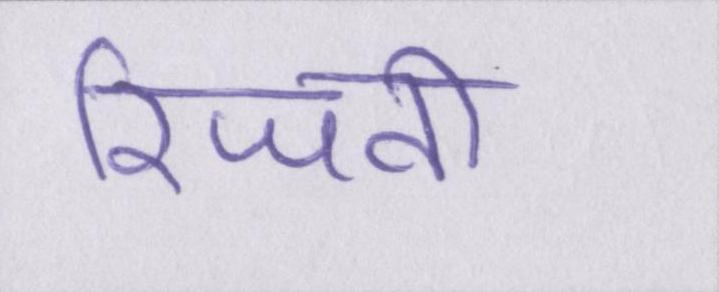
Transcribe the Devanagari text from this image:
रिजवी